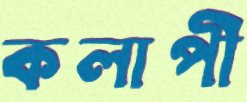
কলাপী